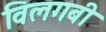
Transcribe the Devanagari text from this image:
विलगबी